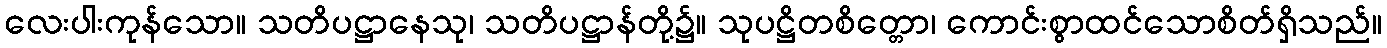
လေးပါးကုန်သော။ သတိပဋ္ဌာနေသု၊ သတိပဋ္ဌာန်တို့၌။ သုပဋ္ဌိတစိတ္တော၊ ကောင်းစွာထင်သောစိတ်ရှိသည်။